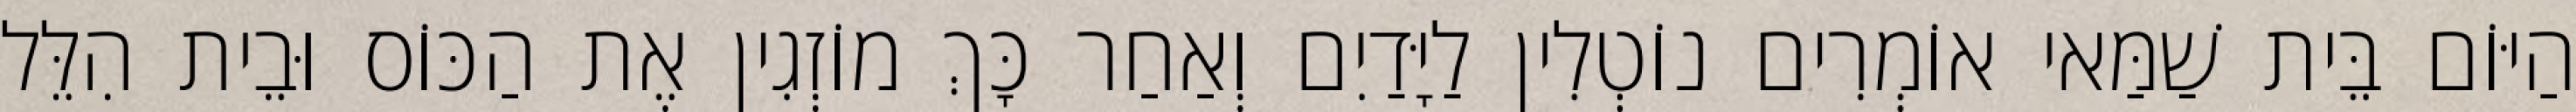
הַיּוֹם בֵּית שַׁמַּאי אוֹמְרִים נוֹטְלִין לַיָּדַיִם וְאַחַר כָּךְ מוֹזְגִין אֶת הַכּוֹס וּבֵית הִלֵּל